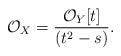
LaTeX: \begin{align*}\mathcal{O}_X=\frac{\mathcal{O}_Y[t]}{(t^2-s)}.\end{align*}